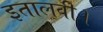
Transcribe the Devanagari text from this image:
इतालवी।